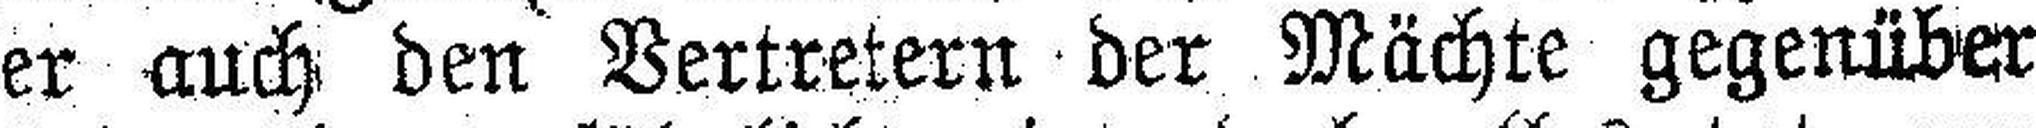
er auch den Vertretern der Mächte gegenüber